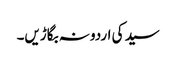
سید کی اردو نہ بگاڑیں۔